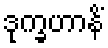
ဒုက္ခဟာနိံ